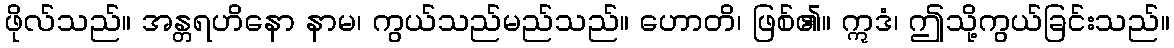
ဖိုလ်သည်။ အန္တရဟိနော နာမ၊ ကွယ်သည်မည်သည်။ ဟောတိ၊ ဖြစ်၏။ ဣဒံ၊ ဤသို့ကွယ်ခြင်းသည်။